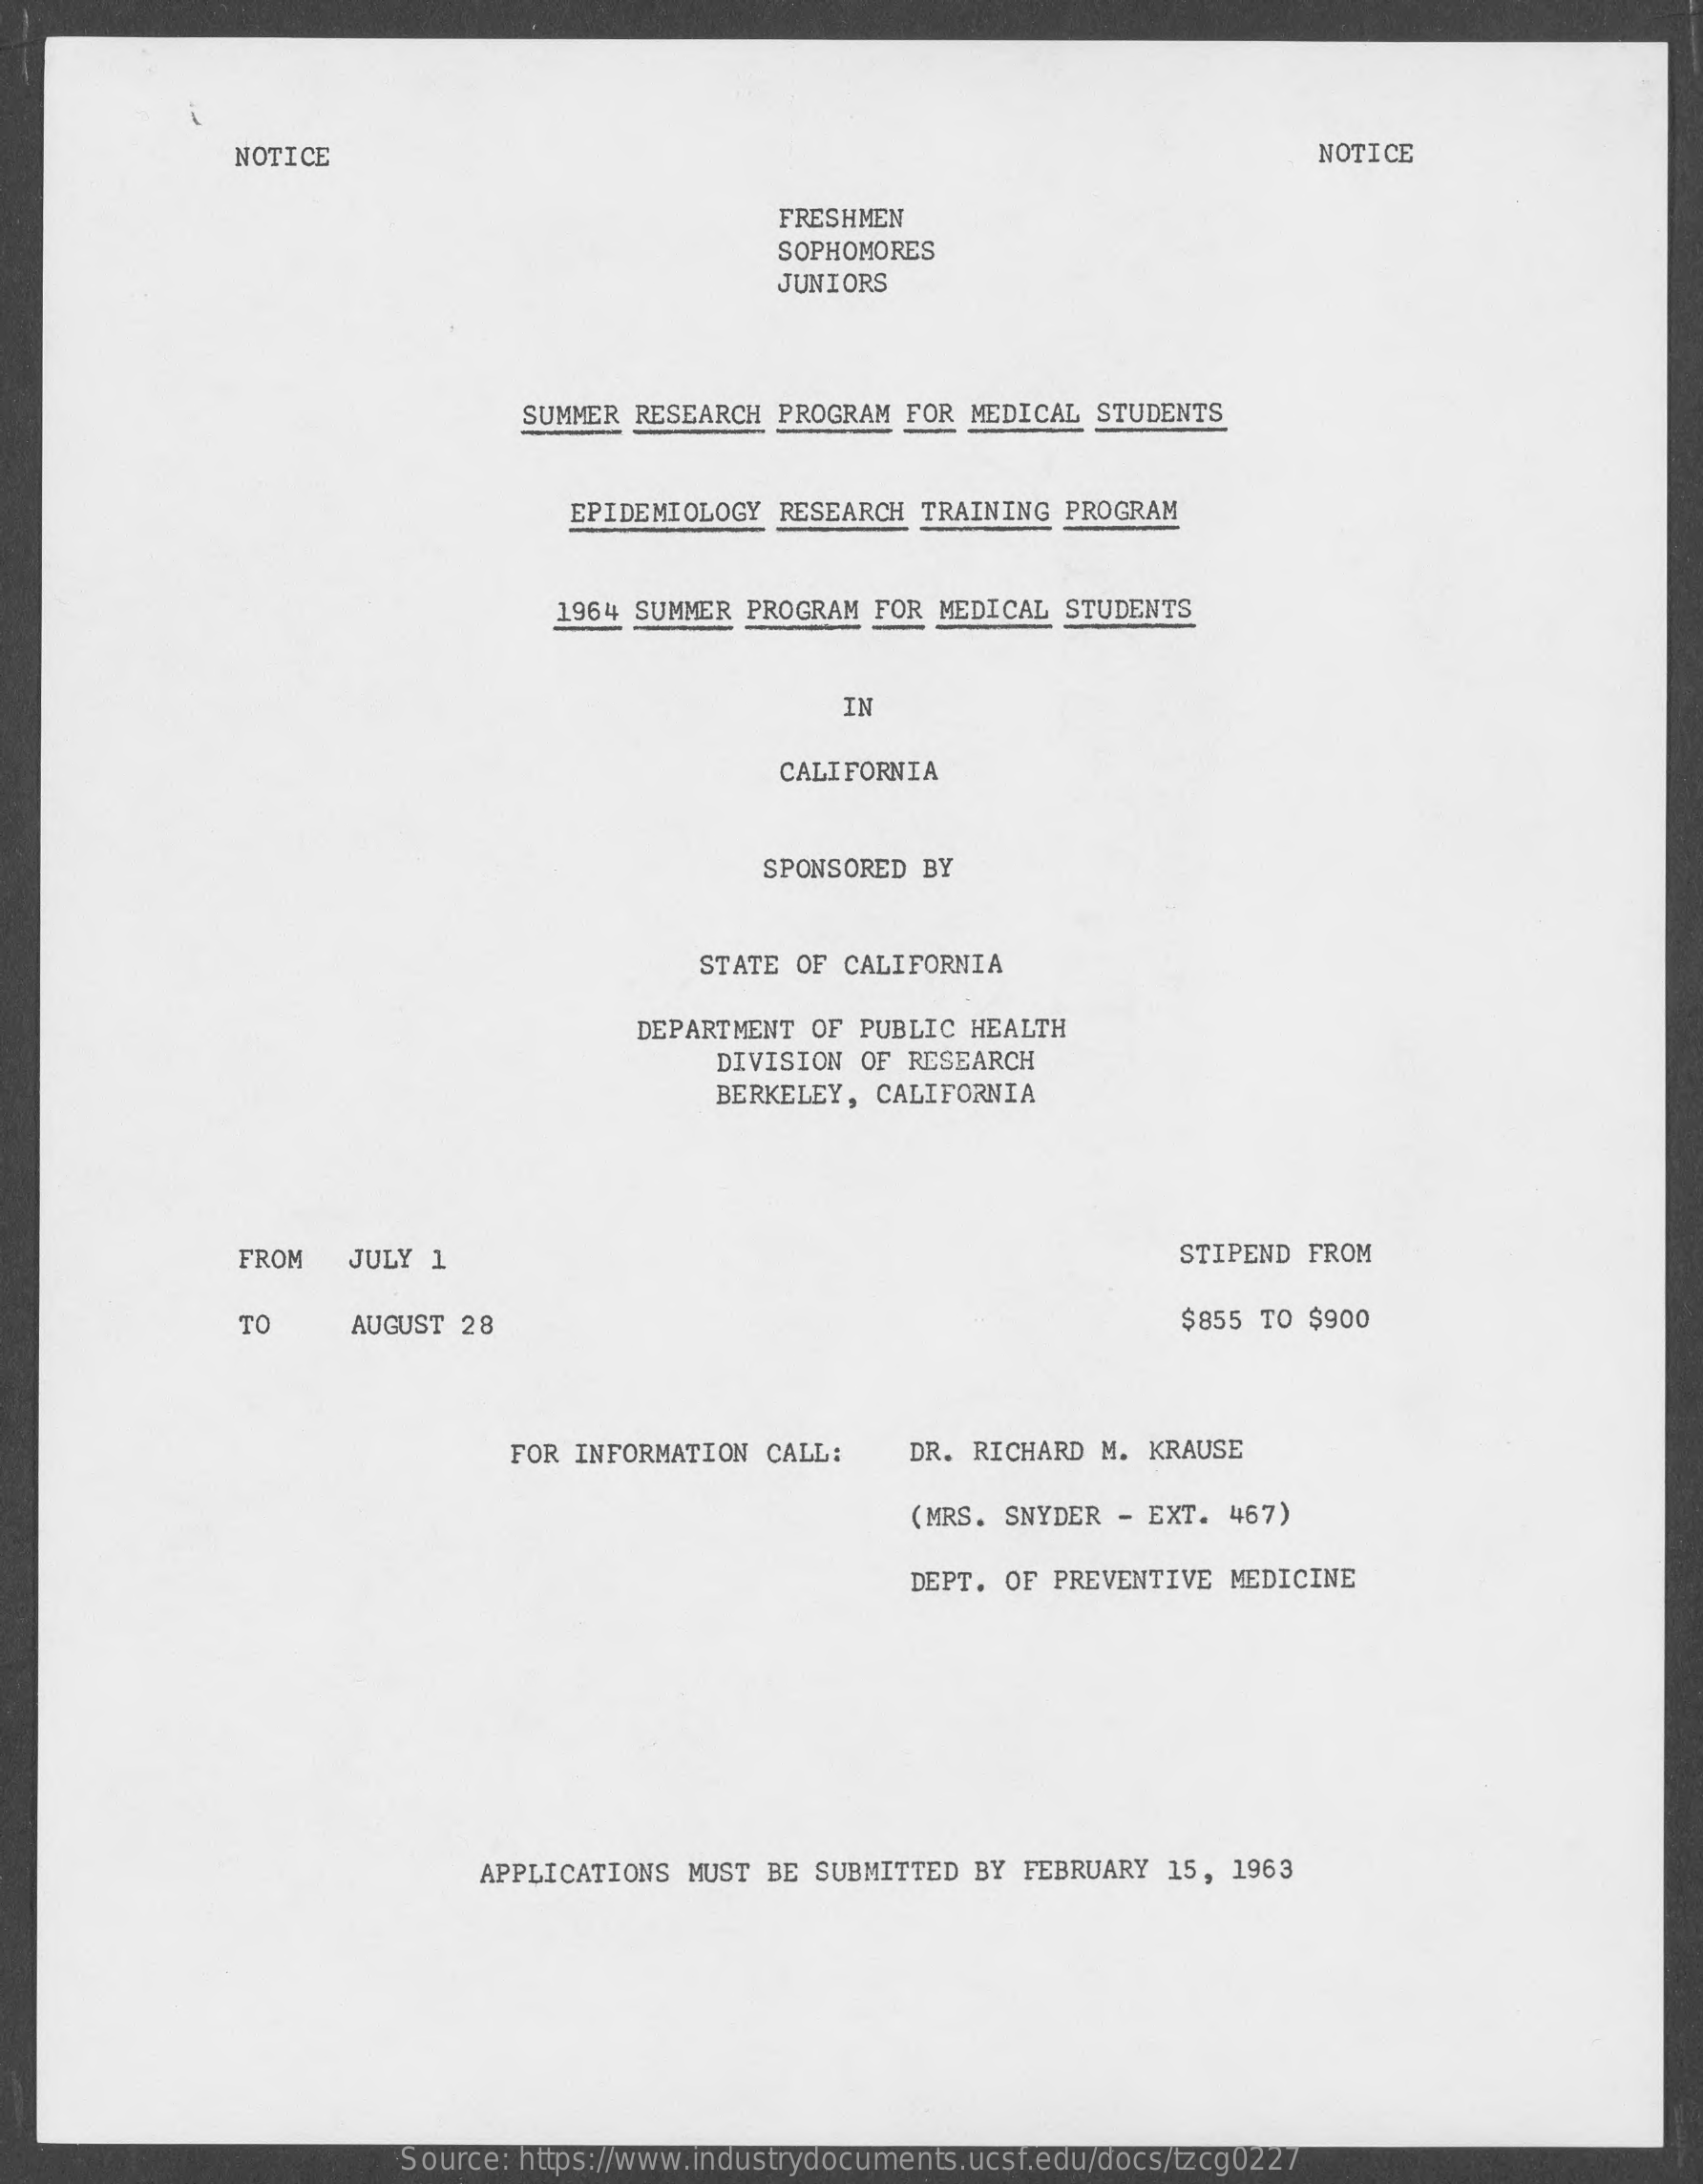
NOTICE    NOTICE
     FRESHMEN
     SOPHOMORES
     JUNIORS
     SUMMER RESEARCH PROGRAM  FOR MEDICAL STUDENTS
     EPIDEMIOLOGY RESEARCH  TRAINING PROGRAM
     1964 SUMMER PROGRAM FOR  MEDICAL STUDENTS
     IN
     CALIFORNIA
     SPONSORED  BY
     STATE OF CALIFORNIA
     DEPARTMENT OF PUBLIC  HEALTH
     DIVISION OF  RESEARCH
     BERKELEY, CALIFORNIA
     FROM   JULY 1    STIPEND FROM
     TO    AUGUST 28    $855 TO $900
     FOR INFORMATION CALL:    DR. RICHARD M. KRAUSE
     (MRS. SNYDER - EXT.  467)
     DEPT. OF PREVENTIVE  MEDICINE
     APPLICATIONS MUST BE SUBMITTED  BY FEBRUARY  15, 1963
     Source: https://www.industrydocuments.ucsf.edu/docs/tzcg0227